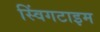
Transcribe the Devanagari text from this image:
स्विंगटाइम